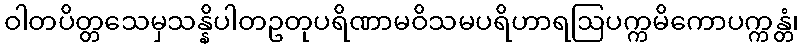
ဝါတပိတ္တသေမှသန္နိပါတဥတုပရိဏာမဝိသမပရိဟာရဩပက္ကမိကောပက္ကန္တံ၊